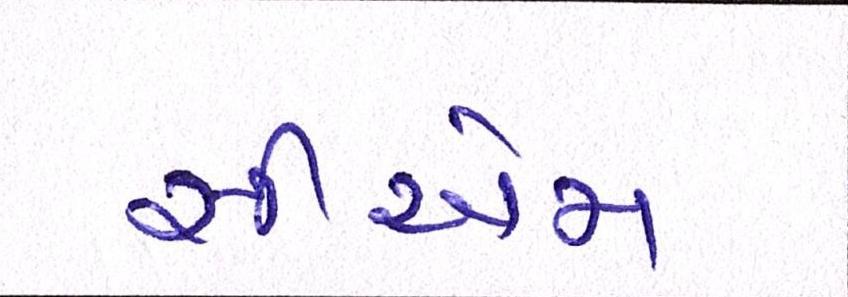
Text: સીએમ